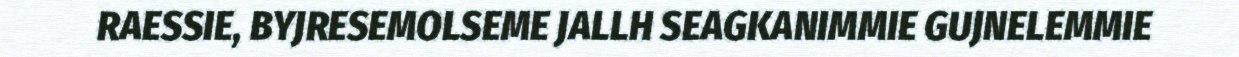
RAESSIE, BYJRESEMOLSEME JALLH SEAGKANIMMIE GUJNELEMMIE